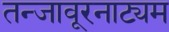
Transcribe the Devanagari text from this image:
तन्‍जावूरनाट्यम